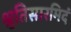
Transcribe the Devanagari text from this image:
श्रुतिसारमिदं